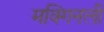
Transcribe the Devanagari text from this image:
मक्गिनली